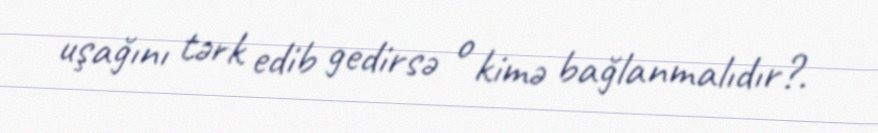
uşağını tərk edib gedirsə o kimə bağlanmalıdır?.